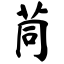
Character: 茼